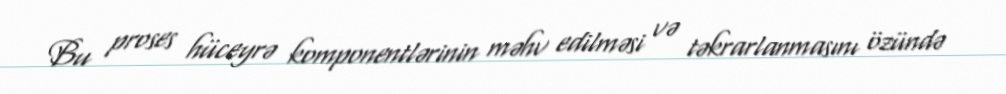
Bu proses hüceyrə komponentlərinin məhv edilməsi və təkrarlanmasını özündə